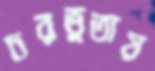
চরভুতায়